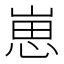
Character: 崽